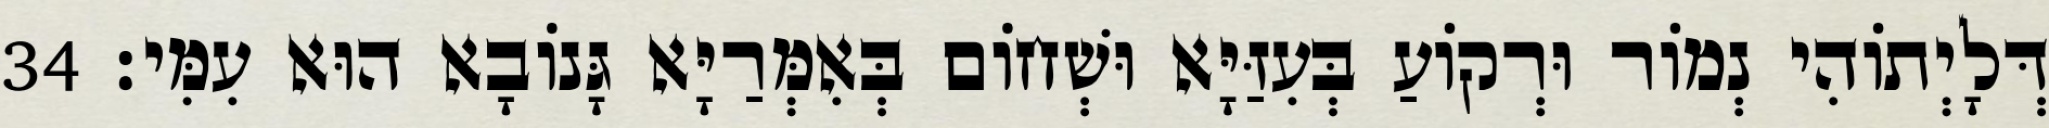
דְּלָיְתוֹהִי נְמוֹר וּרְקוֹעַ בְּעִזַּיָּא וּשְׁחוֹם בְּאִמְּרַיָּא גָּנוֹבָא הוּא עִמִּי׃ 34